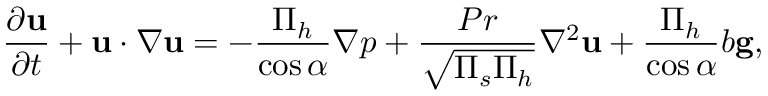
\frac { \partial \mathbf { u } } { \partial t } + \mathbf { u } \cdot \nabla \mathbf { u } = - \frac { \Pi _ { h } } { \cos \alpha } \nabla p + \frac { P r } { \sqrt { \Pi _ { s } \Pi _ { h } } } \nabla ^ { 2 } \mathbf { u } + \frac { \Pi _ { h } } { \cos \alpha } b \mathbf { g } ,